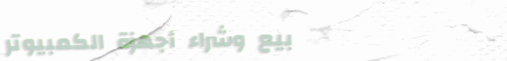
بيع وشراء أجهزة الكمبيوتر